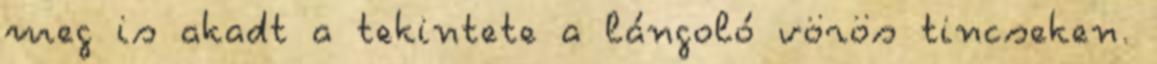
meg is akadt a tekintete a lángoló vörös tincseken.